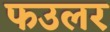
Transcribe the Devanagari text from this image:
फउलर